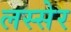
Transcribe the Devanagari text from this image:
लस्सेर